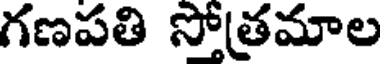
గణపతి సోత్రమాల